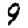
Digit: 9